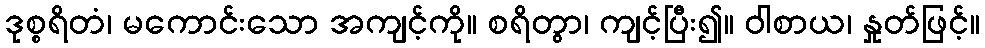
ဒုစ္စရိတံ၊ မကောင်းသော အကျင့်ကို။ စရိတွာ၊ ကျင့်ပြီး၍။ ဝါစာယ၊ နှုတ်ဖြင့်။